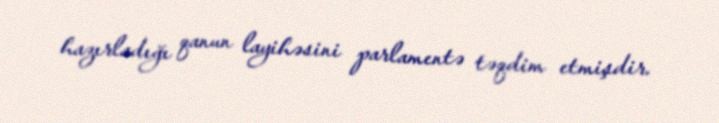
hazırladığı qanun layihəsini parlamentə təqdim etmişdir.